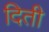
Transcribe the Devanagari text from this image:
दिती